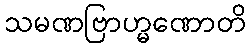
သမဏဗြာဟ္မဏောတိ